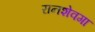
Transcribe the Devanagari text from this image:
रानशेवगा